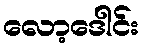
လော့ဒေါင်း